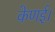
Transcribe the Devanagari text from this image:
केणई।